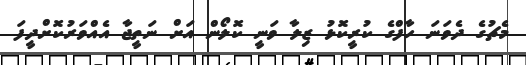
މެޗުގެ ދެވަނަ ހާފްގެ ކުރީކޮޅު ޒިލާ ވަނީ ކޮލޯން އަށް ނަތީޖާ އެއްވަރުކޮށްދީފަ